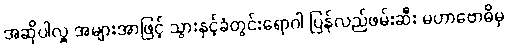
အဆိုပါလှူ အများအာဖြင့် သွားနှင့်ခံတွင်းရောဂါ ပြန်လည်ဖမ်းဆီး မဟာဗောဓိမှ